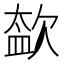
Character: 𣣥